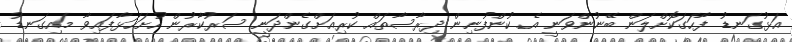
އަޅުގަނޑު ފާހަގަކޮށްލަން ބޭނުންވަނީ އެ ކުންފުނިން ދިރާސާތައް ކުރިއަށްގެންދަނީ ސަރުކާރުން ހުށަހަޅާފައިވާ މައިގަނޑު